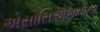
એસોસિએશનોના